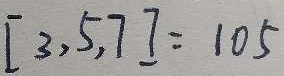
[ 3 , 5 , 7 ] = 1 0 5